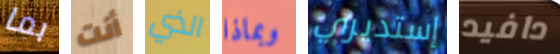
بما أنت الذي وبماذا إستديري دافيد